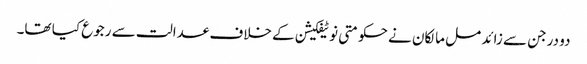
دو درجن سے زائد مل مالکان نے حکومتی نوٹیفکیشن کے خلاف عدالت سے رجوع کیا تھا۔